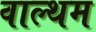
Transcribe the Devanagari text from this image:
वाल्थम